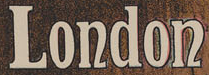
London